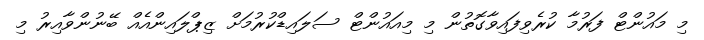
މި މައުންޓް ފަރުމާ ކުރެވިފައިވާގޮތުން މި މިއައުންޓް ސަލައިޑްކުރުމަށް ޒިޕްލައިންއެއް ބޭނުންވާއިރު މި